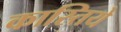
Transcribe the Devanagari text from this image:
कास्तिये